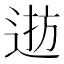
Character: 𨓓